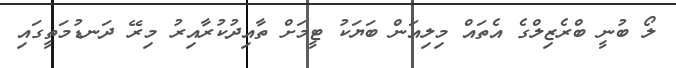
ލޯ ބުނީ ބްރެޒިލްގެ އެތައް މިލިއަން ބަޔަކު ޓީމަށް ތާއިދުކުރާއިރު މިރޭ ދަނޑުމަތީގައި